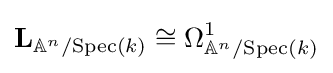
\mathbf {L} _{\mathbb {A} ^{n}/{\text{Spec}}(k)}\cong \Omega _{\mathbb {A} ^{n}/{\text{Spec}}(k)}^{1}